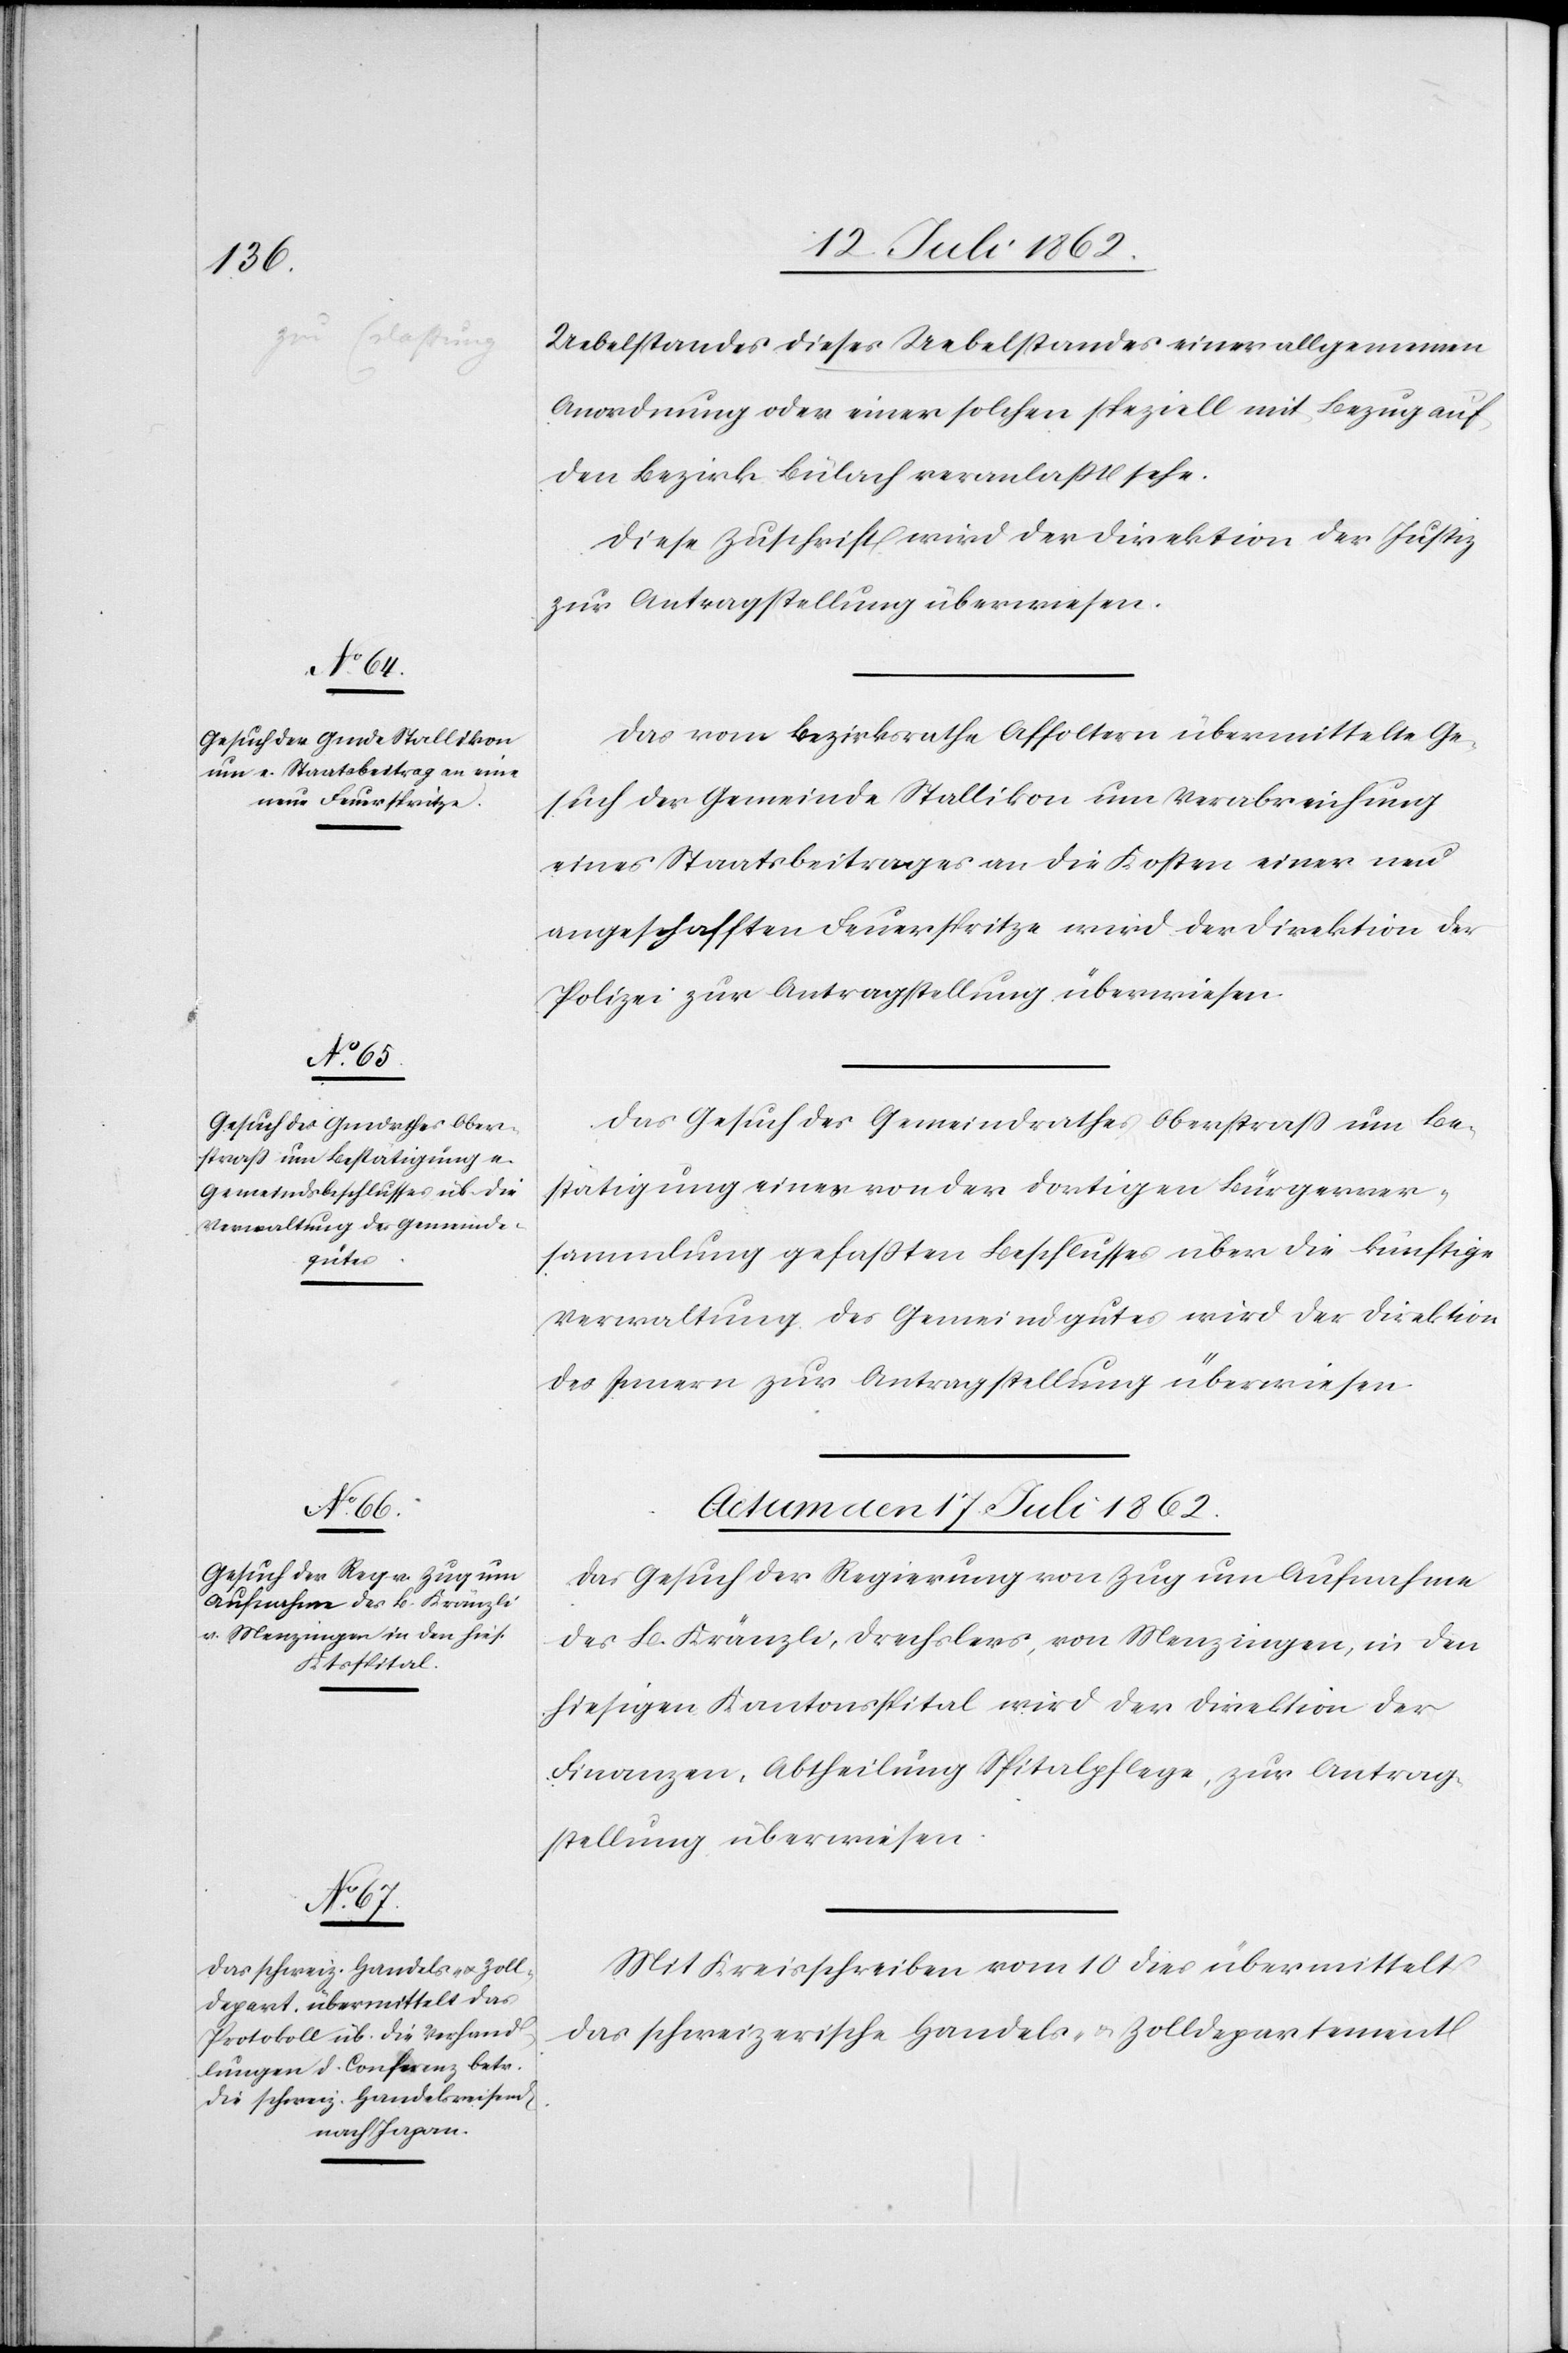
Uebelstandes dieses Uebelstandes [sic!] einer allgemeinen
Anordnung oder einer solchen speziell mit Bezug auf
den Bezirk Bülach veranlaßt sehe.
Diese Zuschrift wird der Direktion der Justiz
zur Antragstellung überwiesen.
Das vom Bezirksrathe Affoltern übermittelte Ge¬
such der Gemeinde Stallikon um Verabreichung
eines Staatsbeitrages an die Kosten einer neu
angeschafften Feuerspritze wird der Direktion der
Polizei zur Antragstellung überwiesen.
Das Gesuch des Gemeindrathes Oberstraß um Be¬
stätigung eines von der dortigen Bürgerver¬
sammlung gefaßten Beschlusses über die künftige
Verwaltung des Gemeindgutes wird der Direktion
des Innern zur Antragstellung überwiesen.
Actum den 17. Juli 1862.]
Das Gesuch der Regierung von Zug um Aufnahme
des B. Kränzli, Drechslers, von Menzingen, in den
hiesigen Kantonsspital wird der Direktion der
Finanzen, Abtheilung Spitalpflege, zur Antrag¬
stellung überwiesen.
Mit Kreisschreiben vom 10. dies übermittelt
das schweizerische Handels- u. Zolldepartement